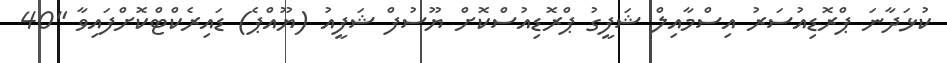
ކުޅަދާނަ ޕްރޮޑިއުސަރު އިސްމާއިލް ޝަފީގު ޕްރޮޑިއުސްކޮށް ޔޫސުފް ޝަފީއު (ޔޫއްޕެ) ޑައިރެކްޓްކޮށްފައިވާ "40